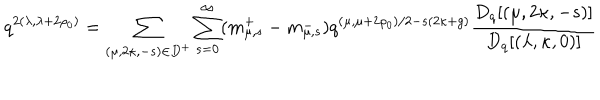
LaTeX: q ^ { 2 ( \lambda , \lambda + 2 \rho _ { 0 } ) } = \sum _ { ( \mu , 2 \kappa , - s ) \in D ^ { + } } \sum _ { s = 0 } ^ { \infty } ( m _ { \mu , s } ^ { + } - m _ { \mu , s } ^ { - } ) q ^ { ( \mu , \mu + 2 \rho _ { 0 } ) / 2 - s ( 2 \kappa + g ) } \frac { D _ { q } [ ( \mu , 2 \kappa , - s ) ] } { D _ { q } [ ( \lambda , \kappa , 0 ) ] }